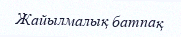
Жайылмалық батпақ